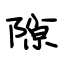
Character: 隙